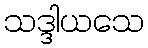
သဒ္ဒါယသေ